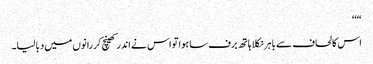
“‘‘
اس کا لحاف سے باہر نکلا ہاتھ برف سا ہوا تو اس نے اندر کھینچ کر رانوں میں دبا لیا۔